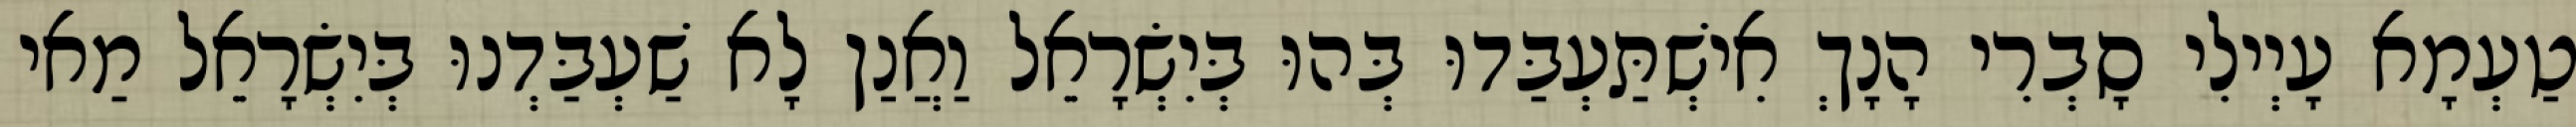
טַעְמָא עָיְילִי סָבְרִי הָנָךְ אִישְׁתַּעְבַּדוּ בְּהוּ בְּיִשְׂרָאֵל וַאֲנַן לָא שַׁעְבַּדְנוּ בְּיִשְׂרָאֵל מַאי